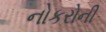
નોકરોની